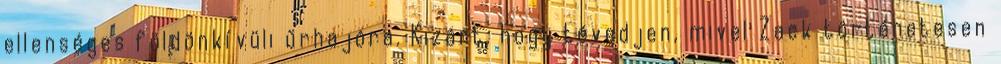
ellenséges földönkívüli űrhajóra. Kizárt, hogy tévedjen, mivel Zack történetesen